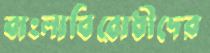
বাংলাবিরোধীদের